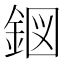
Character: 𮡹